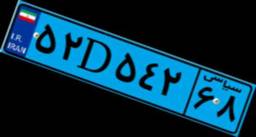
۳۷D۱۰۶۶۴